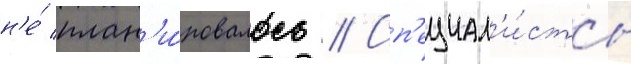
н'е́ план'и́ровалось // Сп'ециал'и́сты